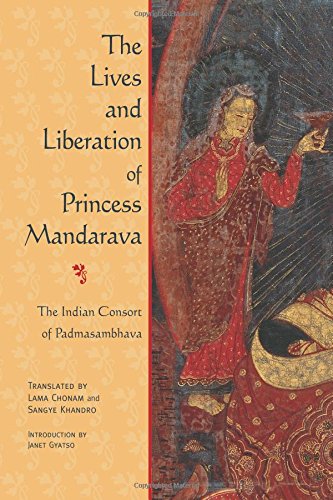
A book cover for The Lives and Liberation of Princess Mandarava: The Indian Consort of Padmasambhava; Religion & Spirituality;